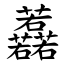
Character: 䖃